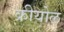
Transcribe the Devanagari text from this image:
क्रीयोल